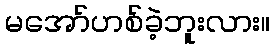
မအော်ဟစ်ခဲ့ဘူးလား။